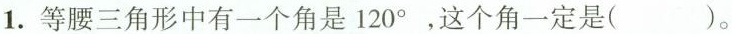
(10分)1.等腰三角形中有一个角是120^\circ，这个角一定是( )。